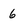
Character: 6